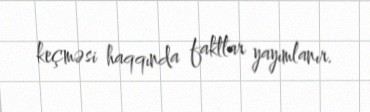
keçməsi haqqında faktlar yayımlanır.